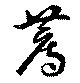
薦